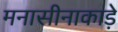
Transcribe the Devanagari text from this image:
मनासीनाकाड़े